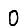
Digit: 0